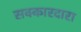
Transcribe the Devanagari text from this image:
सक्कारदारा